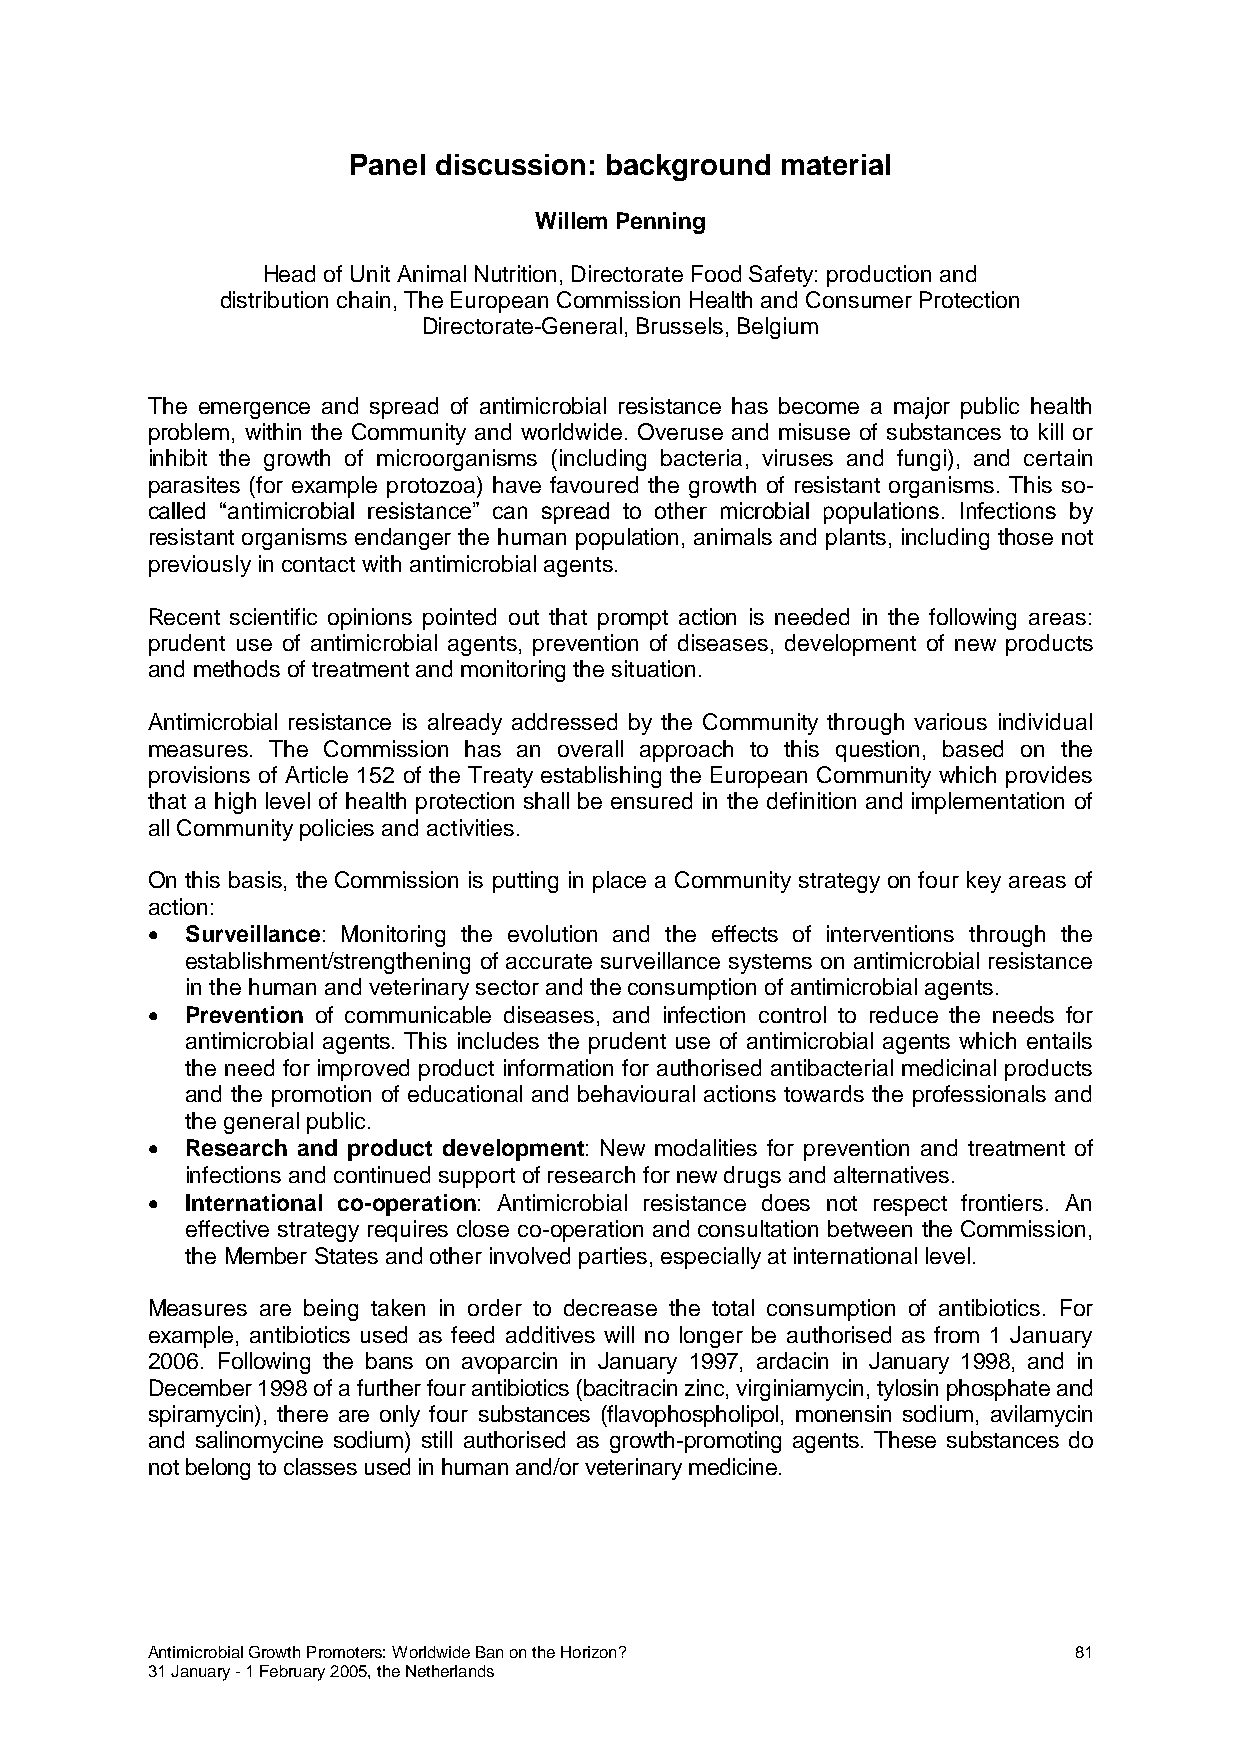
Panel discussion: background material
 Willem Penning
 Head of Unit Animal Nutrition, Directorate Food Safety: production and
 distribution chain, The European Commission Health and Consumer Protection
 Directorate-General, Brussels, Belgium
 The emergence and spread of antimicrobial resistance has become a major public health
 problem, within the Community and worldwide. Overuse and misuse of substances to kill or
 inhibit the growth of microorganisms (including bacteria, viruses and fungi), and certain
 parasites (for example protozoa) have favoured the growth of resistant organisms. This so-
 called “antimicrobial resistance” can spread to other microbial populations. Infections by
 resistant organisms endanger the human population, animals and plants, including those not
 previously in contact with antimicrobial agents.
 Recent scientific opinions pointed out that prompt action is needed in the following areas:
 prudent use of antimicrobial agents, prevention of diseases, development of new products
 and methods of treatment and monitoring the situation.
 Antimicrobial resistance is already addressed by the Community through various individual
 measures. The Commission has an overall approach to this question, based on the
 provisions of Article 152 of the Treaty establishing the European Community which provides
 that a high level of health protection shall be ensured in the definition and implementation of
 all Community policies and activities.
 On this basis, the Commission is putting in place a Community strategy on four key areas of
 action:
  Surveillance: Monitoring the evolution and the effects of interventions through the
 establishment/strengthening of accurate surveillance systems on antimicrobial resistance
 in the human and veterinary sector and the consumption of antimicrobial agents.
  Prevention of communicable diseases, and infection control to reduce the needs for
 antimicrobial agents. This includes the prudent use of antimicrobial agents which entails
 the need for improved product information for authorised antibacterial medicinal products
 and the promotion of educational and behavioural actions towards the professionals and
 the general public.
  Research and product development: New modalities for prevention and treatment of
 infections and continued support of research for new drugs and alternatives.
  International co-operation: Antimicrobial resistance does not respect frontiers. An
 effective strategy requires close co-operation and consultation between the Commission,
 the Member States and other involved parties, especially at international level.
 Measures are being taken in order to decrease the total consumption of antibiotics. For
 example, antibiotics used as feed additives will no longer be authorised as from 1 January
 2006. Following the bans on avoparcin in January 1997, ardacin in January 1998, and in
 December 1998 of a further four antibiotics (bacitracin zinc, virginiamycin, tylosin phosphate and
 spiramycin), there are only four substances (flavophospholipol, monensin sodium, avilamycin
 and salinomycine sodium) still authorised as growth-promoting agents. These substances do
 not belong to classes used in human and/or veterinary medicine.
 Antimicrobial Growth Promoters: Worldwide Ban on the Horizon? 81
 31 January - 1 February 2005, the Netherlands